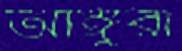
আঙ্গুরা